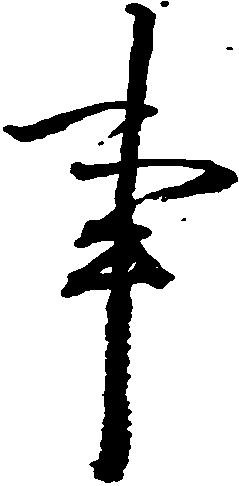
事